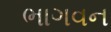
ભાગવન